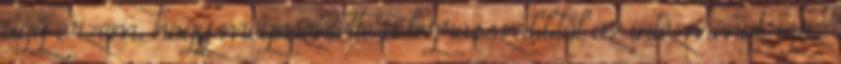
úgy érzem, hogy megmentette a legrosszabbtól az intézményt, igaz